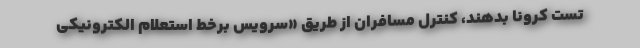
تست کرونا بدهند، کنترل مسافران از طریق «سرویس برخط استعلام الکترونیکی